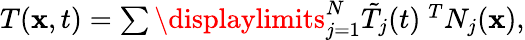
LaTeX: \begin{array}{r}{T(\mathbf x,t)=\sum\displaylimits_{j=1}^{N}\tilde{T}_{j}(t)\ ^{T}N_{j}(\mathbf x),}\end{array}